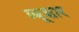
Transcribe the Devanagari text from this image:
ब्बूशार